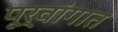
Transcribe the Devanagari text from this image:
पूर्वांगात